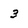
Character: 3